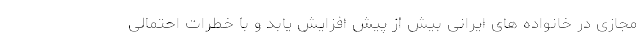
مجازی در خانواده های ایرانی بیش از پیش افزایش یابد و با خطرات احتمالی